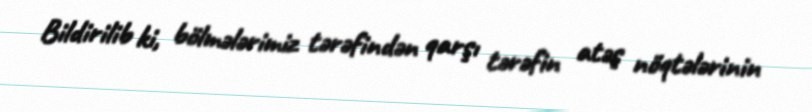
Bildirilib ki, bölmələrimiz tərəfindən qarşı tərəfin atəş nöqtələrinin